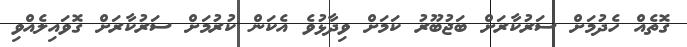
ގޮތެއް ހެދުމަށް ސަރުކާރަށް ބަޖުބޫރު ކަމަށް ވިދާޅުވެ އެކަން ކުރުމަށް ސަރުކާރަށް ގޮވައިލެއްވި